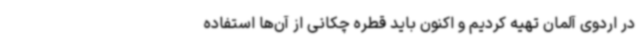
در اردوی آلمان تهیه کردیم و اکنون باید قطره چکانی از آن‌ها استفاده